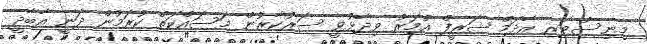
މިނިސްޓަރ އާދަމް ޝަރީފް އުމަރު ވިދާޅުވީ ސަރުކާރުން މަސައްކަތް ކުރަމުން ދަނީ އާބާދީ